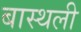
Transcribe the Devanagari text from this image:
बास्थली